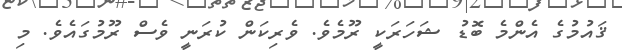
ޤައުމުގެ އެންމެ ބޮޑު ޝަހަރަކީ ރޫމެވެ. ވެރިކަން ކުރަނީ ވެސް ރޫމުގައެވެ. މި